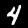
Digit: 4